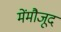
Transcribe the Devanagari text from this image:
मेंमौजूद